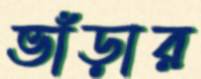
ভাঁড়ার